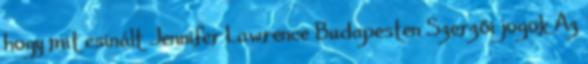
hogy mit csinált Jennifer Lawrence Budapesten Szerzői jogok Az